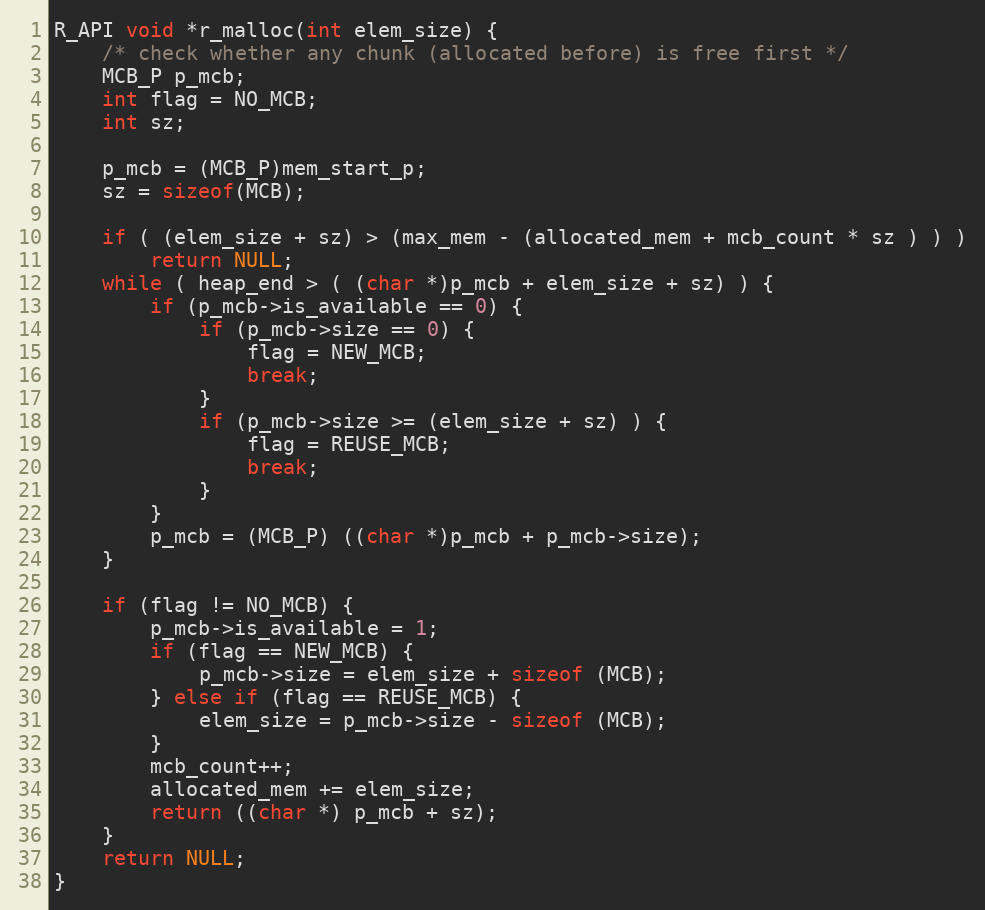
Language: C
R_API void *r_malloc(int elem_size) {
	/* check whether any chunk (allocated before) is free first */
	MCB_P p_mcb;
	int flag = NO_MCB;
	int sz;

	p_mcb = (MCB_P)mem_start_p;
	sz = sizeof(MCB);

	if ( (elem_size + sz) > (max_mem - (allocated_mem + mcb_count * sz ) ) )
		return NULL;
	while ( heap_end > ( (char *)p_mcb + elem_size + sz) ) {
		if (p_mcb->is_available == 0) {
			if (p_mcb->size == 0) {
				flag = NEW_MCB;
				break;
			}
			if (p_mcb->size >= (elem_size + sz) ) {
				flag = REUSE_MCB;
				break;
			}
		}
		p_mcb = (MCB_P) ((char *)p_mcb + p_mcb->size);
	}

	if (flag != NO_MCB) {
		p_mcb->is_available = 1;
		if (flag == NEW_MCB) {
			p_mcb->size = elem_size + sizeof (MCB);
		} else if (flag == REUSE_MCB) {
			elem_size = p_mcb->size - sizeof (MCB);
		}
		mcb_count++;
		allocated_mem += elem_size;
		return ((char *) p_mcb + sz);
	}
	return NULL;
}